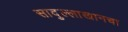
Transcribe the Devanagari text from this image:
सादुल्लाखानचा